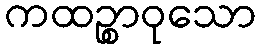
ကထဉ္စာဝုသော